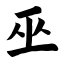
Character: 巫